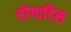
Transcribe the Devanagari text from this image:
रोगाटिस